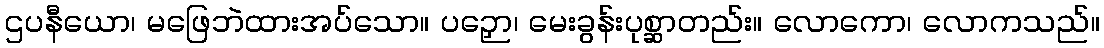
ဌပနီယော၊ မဖြေဘဲထားအပ်သော။ ပဉှော၊ မေးခွန်းပုစ္ဆာတည်း။ လောကော၊ လောကသည်။